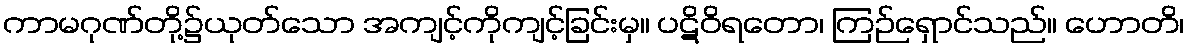
ကာမဂုဏ်တို့၌ယုတ်သော အကျင့်ကိုကျင့်ခြင်းမှ။ ပဋိဝိရတော၊ ကြဉ်ရှောင်သည်။ ဟောတိ၊